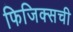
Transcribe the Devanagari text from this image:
फिजिक्सची